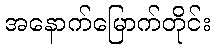
အနောက်မြောက်တိုင်း